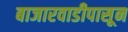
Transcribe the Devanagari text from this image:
बाजारवाडीपासून